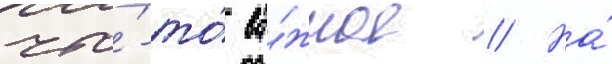
что́-то́ ва́жное // На́